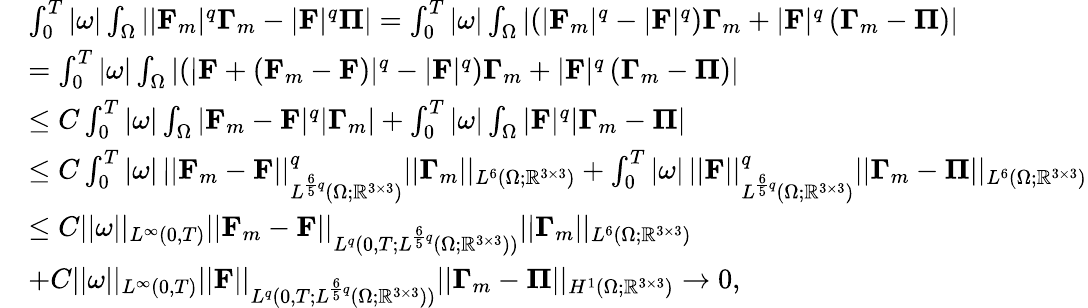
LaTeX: \begin{array}{rl}&{\int_{0}^{T}|\omega|\int_{\Omega}\left||\mathbf{F}_{m}|^{q}\boldsymbol{\Gamma}_{m}-|\mathbf{F}|^{q}\boldsymbol{\Pi}\right|=\int_{0}^{T}|\omega|\int_{\Omega}\left|\left(|\mathbf{F}_{m}|^{q}-|\mathbf{F}|^{q}\right)\boldsymbol{\Gamma}_{m}+|\mathbf{F}|^{q}\left(\boldsymbol{\Gamma}_{m}-\boldsymbol{\Pi}\right)\right|}\\ &{=\int_{0}^{T}|\omega|\int_{\Omega}\left|\left(|\mathbf{F}+(\mathbf{F}_{m}-\mathbf{F})|^{q}-|\mathbf{F}|^{q}\right)\boldsymbol{\Gamma}_{m}+|\mathbf{F}|^{q}\left(\boldsymbol{\Gamma}_{m}-\boldsymbol{\Pi}\right)\right|}\\ &{\leq C\int_{0}^{T}|\omega|\int_{\Omega}|\mathbf{F}_{m}-\mathbf{F}|^{q}|\boldsymbol{\Gamma}_{m}|+\int_{0}^{T}|\omega|\int_{\Omega}|\mathbf{F}|^{q}|\boldsymbol{\Gamma}_{m}-\boldsymbol{\Pi}|}\\ &{\leq C\int_{0}^{T}|\omega|\, ||\mathbf{F}_{m}-\mathbf{F}||_{L^{\frac{6}{5}q}(\Omega;\mathbb{R}^{3\times 3})}^{q}||\boldsymbol{\Gamma}_{m}||_{L^{6}(\Omega;\mathbb{R}^{3\times 3})}+\int_{0}^{T}|\omega|\, ||\mathbf{F}||_{L^{\frac{6}{5}q}(\Omega;\mathbb{R}^{3\times 3})}^{q}||\boldsymbol{\Gamma}_{m}-\boldsymbol{\Pi}||_{L^{6}(\Omega;\mathbb{R}^{3\times 3})}}\\ &{\leq C||\omega||_{L^{\infty}(0,T)}||\mathbf{F}_{m}-\mathbf{F}||_{L^{q}(0,T;L^{\frac{6}{5}q}(\Omega;\mathbb{R}^{3\times 3}))}||\boldsymbol{\Gamma}_{m}||_{L^{6}(\Omega;\mathbb{R}^{3\times 3})}}\\ &{+C||\omega||_{L^{\infty}(0,T)}||\mathbf{F}||_{L^{q}(0,T;L^{\frac{6}{5}q}(\Omega;\mathbb{R}^{3\times 3}))}||\boldsymbol{\Gamma}_{m}-\boldsymbol{\Pi}||_{H^{1}(\Omega;\mathbb{R}^{3\times 3})}\to 0,}\end{array}